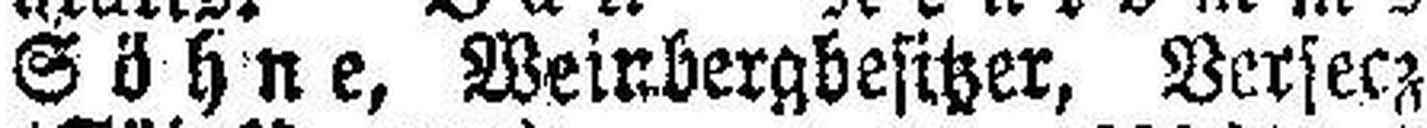
Söhne, Weinbergbesitzer, Versecz